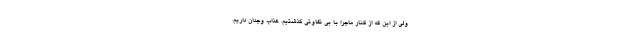
ولی از این که از کنار ماجرا با بی تفاوتی گذشتیم، عذاب وجدان داریم.